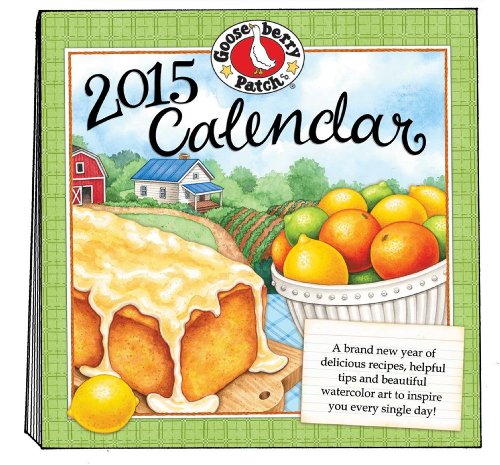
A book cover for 2015 Gooseberry Patch Wall Calendar (Gooseberry Patch Calendars); Gooseberry Patch; Calendars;